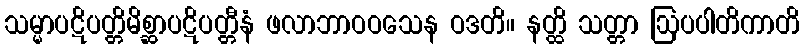
သမ္မာပဋိပတ္တိမိစ္ဆာပဋိပတ္တီနံ ဖလာဘာဝဝသေန ဝဒတိ။ နတ္ထိ သတ္တာ ဩပပါတိကာတိ